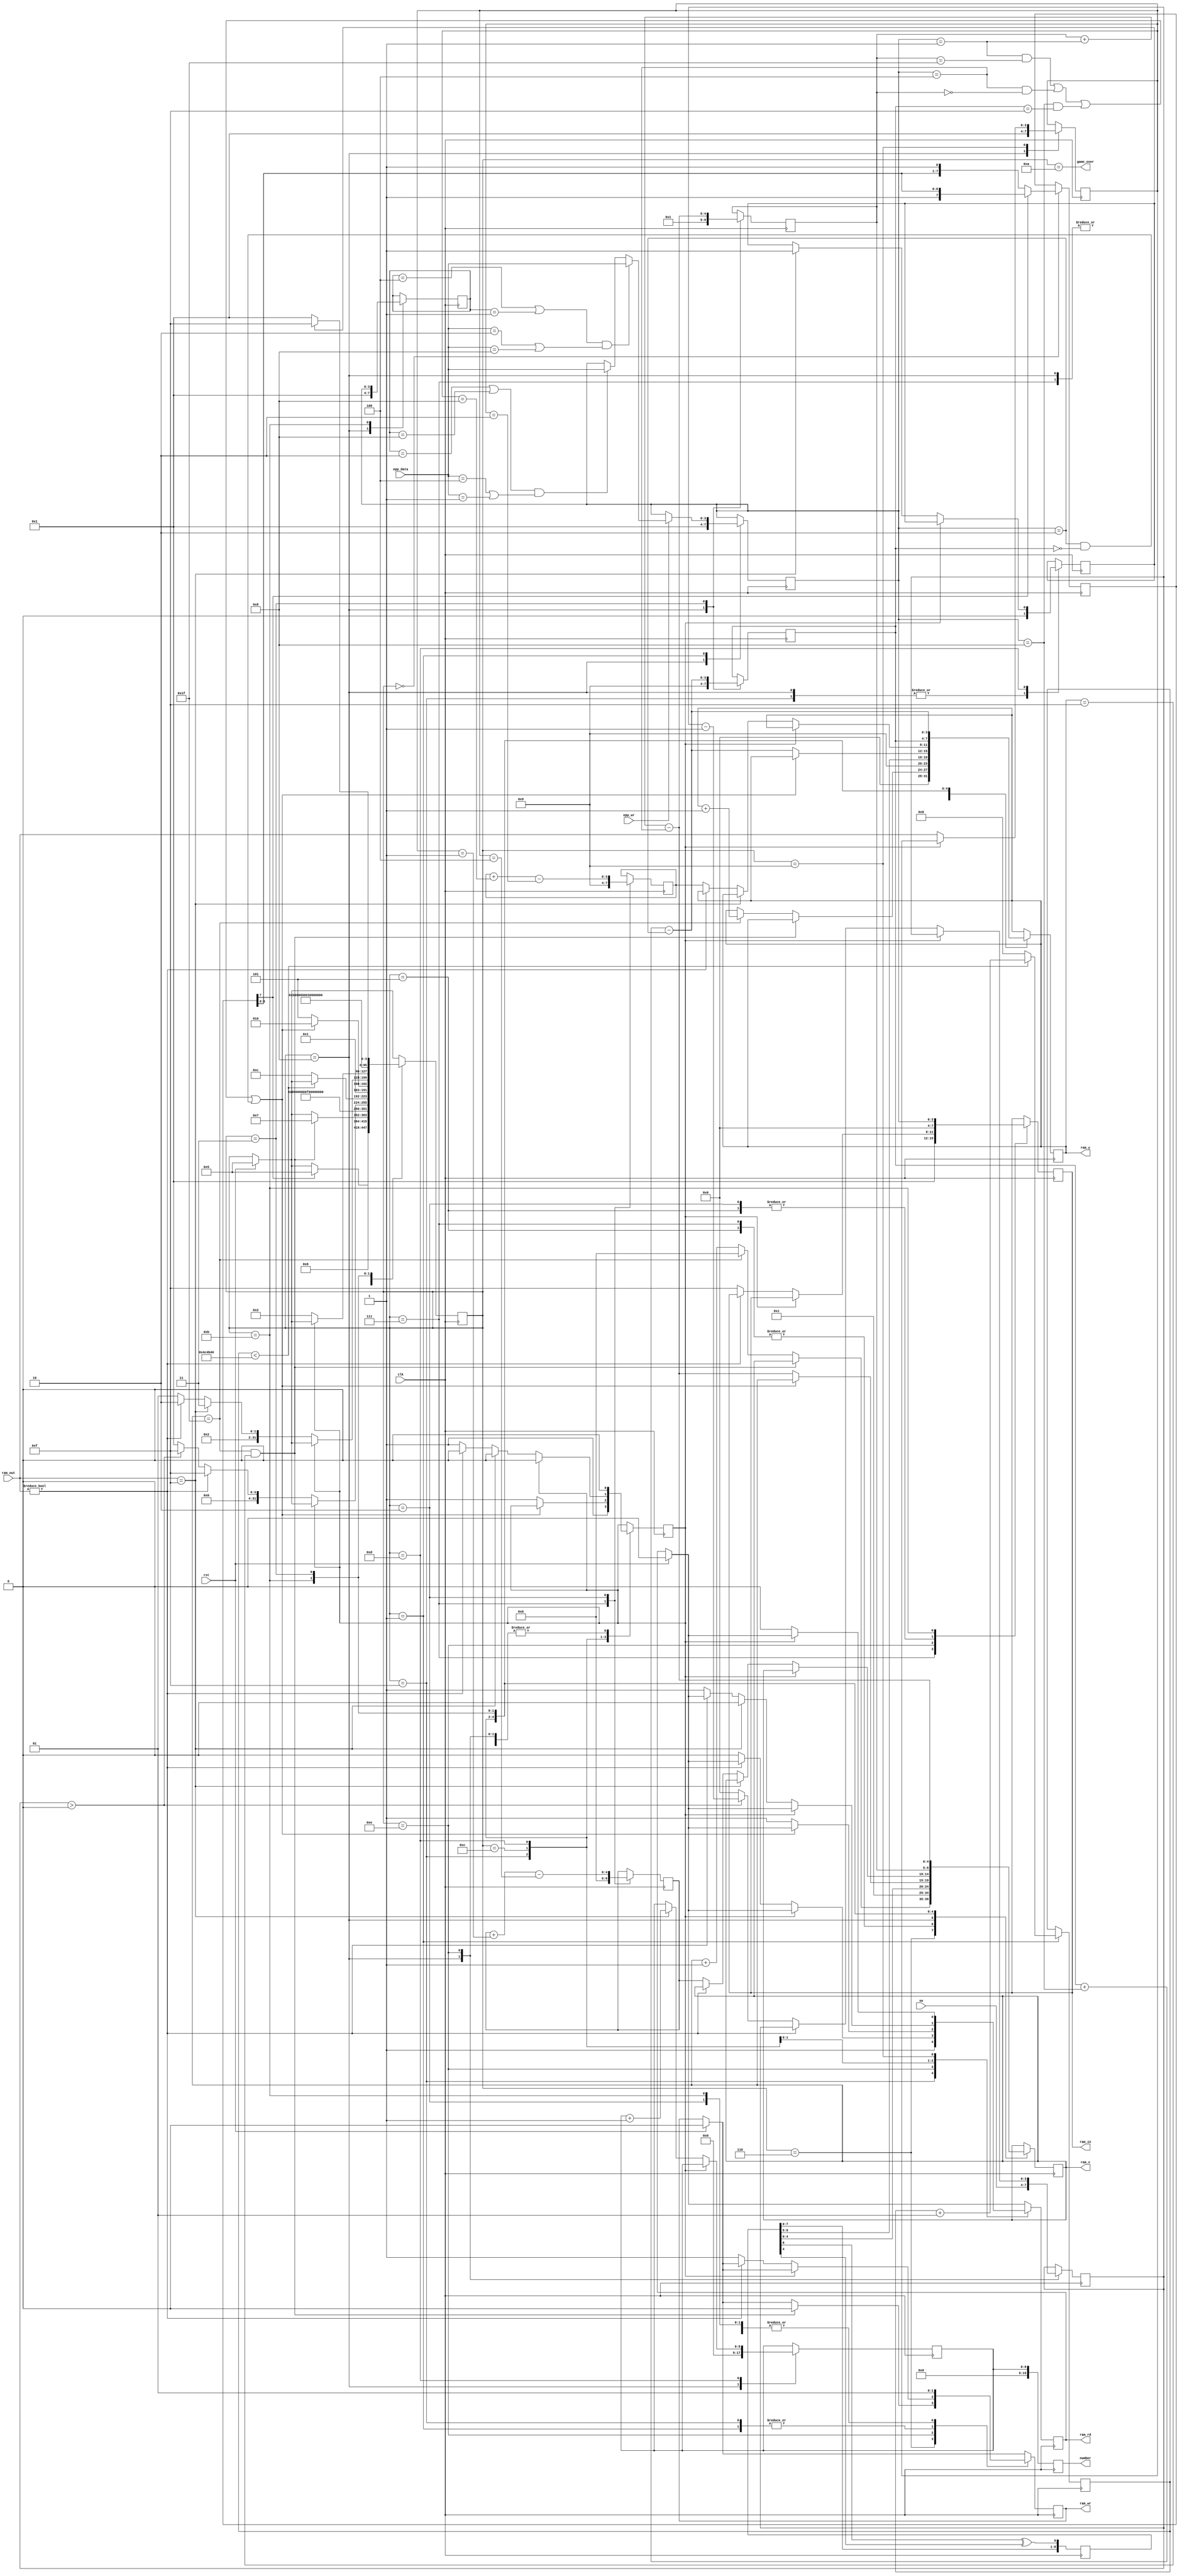
`default_nettype none

module game (
    output reg [4:0] ram_x,
    output reg [3:0] ram_y,
    input wire [3:0] ram_out,
    output reg [3:0] ram_in,
    output reg ram_rd,
    output reg ram_wr,
    input wire [3:0] epp_data,
    input wire epp_wr,
    output wire game_over,
    input wire [7:4] sw,
    output reg [15:0] number,
    input wire rst,
    input wire clk
);

parameter CYCLE_LENGTH = 5000000;

parameter BOOT = 0;
parameter RUNNING = 1;
parameter READ_BACK = 9;
parameter MOVE_BACK = 2;
parameter UPDATE_FRONT = 11;
parameter MOVE_FRONT = 3;
parameter STOPPED = 4;
parameter RESET_BEGIN = 5;
parameter RESET = 6;
parameter INIT_A = 7;
parameter INIT_B = 8;
parameter INSERT_APPLE = 14;
parameter INSERT_APPLE_CANDIDATE = 15;
parameter READ_NEXT = 12;
parameter CHECK_COLLISION = 13;
parameter GAME_OVER = 10;

parameter WIDTH = 32;
parameter HEIGHT = 16;

parameter RIGHT = 4'b0001;
parameter UP = 4'b0010;
parameter LEFT = 4'b0100;
parameter DOWN = 4'b1000;
parameter APPLE = 4'b1111;
parameter EMPTY = 4'b0000;

reg [3:0] direction = RIGHT;
reg [3:0] front_direction = RIGHT;
reg [3:0] back_direction = RIGHT;
reg [3:0] next_val;
reg [4:0] front_x;
reg [3:0] front_y;
reg [4:0] back_x;
reg [3:0] back_y;
reg [8:0] rnd = 1;
reg [7:0] init;

integer counter;
reg wc;
integer state = BOOT;
reg [8:0] score;
reg apple_eaten;
reg [3:0] apples_left;

assign game_over = state == GAME_OVER;

always @(posedge clk)
begin
    if (rst) begin
        ram_wr <= 0;
        ram_rd <= 0;
        state <= RESET_BEGIN;
    end

    rnd <= { rnd[7:0], rnd[8] ^ rnd[4] };

    number <= score;

    case (state)
    BOOT: 
        if (init[7]) state <= RESET_BEGIN;
        else init <= {init[6:0], 1'b1};
    RESET_BEGIN: begin
        ram_wr <= 1;
        ram_x <= 0;
        ram_y <= 0;
        ram_in <= EMPTY;
        state <= RESET;
    end
    RESET: begin
        if (ram_x == WIDTH - 1 && ram_y == HEIGHT - 1) begin
            state <= INIT_A;
            ram_wr <= 0;
        end
        else if (ram_x == WIDTH - 1) begin
            ram_y <= ram_y + 1;
            ram_x <= 0;
        end
        else
            ram_x <= ram_x + 1;
    end
    INIT_A: begin
        state <= INIT_B;
        ram_wr <= 1;
        ram_in <= RIGHT;
        ram_x <= 0;
        ram_y <= 9;
        back_x <= 0;
        back_y <= 9;
    end
    INIT_B: begin
        state <= INSERT_APPLE_CANDIDATE;
        ram_x <= 1;
        ram_y <= 9;
        front_x <= 1;
        front_y <= 9;
        direction <= RIGHT;
        front_direction <= RIGHT;
        back_direction <= RIGHT;
        apples_left <= sw[7:4];
        score <= 0;
        apple_eaten <= 0;
        wc <= 0;
    end
    INSERT_APPLE_CANDIDATE: begin
        ram_x <= rnd[4:0];
        ram_y <= rnd[8:5];
        ram_wr <= 0;
        ram_rd <= 1;
        wc <= 1;
        apple_eaten <= 0;
        state <= INSERT_APPLE;
    end
    INSERT_APPLE:
        if (wc) wc <= 0;
        else if (ram_out != 0)
            state <= INSERT_APPLE_CANDIDATE;
        else begin
            ram_rd <= 0;
            ram_in <= APPLE;
            ram_wr <= 1;
            apples_left <= apples_left > 0 ? apples_left - 1 : 0;
            state <= apples_left > 0 ? INSERT_APPLE_CANDIDATE : RUNNING;
        end
    RUNNING: begin
        ram_wr <= 0;
        if (epp_wr) begin
            if ((front_direction == LEFT || front_direction == RIGHT) && (epp_data == UP || epp_data == DOWN))
                direction <= epp_data;
            else if ((front_direction == UP || front_direction == DOWN) && (epp_data == LEFT || epp_data == RIGHT))
                direction <= epp_data;
        end
        if (counter < CYCLE_LENGTH)
            counter <= counter + 1;
        else begin
            state <= READ_NEXT;
            counter <= 0;
        end
    end
    READ_NEXT: begin
        if ((direction == RIGHT && front_x == WIDTH - 1) ||
            (direction == LEFT && front_x == 0) ||
            (direction == DOWN && front_y == HEIGHT - 1) ||
            (direction == UP && front_y == 0)) begin
            state <= GAME_OVER;
        end else begin 
            state <= CHECK_COLLISION;
            ram_x <= front_x + (direction == RIGHT) - (direction == LEFT);
            ram_y <= front_y + (direction == DOWN) - (direction == UP);
            ram_rd <= 1;
            wc <= 1;
        end
    end
    CHECK_COLLISION: begin
        if (wc) wc <= 0;
        else if (ram_out == APPLE) begin
            state <= UPDATE_FRONT;
            ram_rd <= 0;
            score <= score + 1;
            apple_eaten <= 1;
        end
        else if (ram_out != 0)
            state <= GAME_OVER; 
        else begin
            wc <= 1;
            ram_rd <= 1;
            state <= READ_BACK;
            ram_x <= back_x;
            ram_y <= back_y;
        end
    end
    READ_BACK: 
        if (wc) wc <= 0;
        else begin
            state <= MOVE_BACK;
            ram_rd <= 0;
            back_direction <= ram_out;
        end
    MOVE_BACK: begin
        state <= UPDATE_FRONT;
        ram_wr <= 1;
        ram_in <= EMPTY;
        back_x <= back_x + (back_direction == RIGHT) - (back_direction == LEFT);
        back_y <= back_y + (back_direction == DOWN) - (back_direction == UP);
    end
    UPDATE_FRONT: begin
        ram_wr <= 1;
        state <= MOVE_FRONT;
        ram_in <= direction;
        front_direction <= direction;
        ram_x <= front_x;
        ram_y <= front_y;
    end
    MOVE_FRONT: begin
        state <= apple_eaten ? INSERT_APPLE_CANDIDATE : RUNNING;
        front_x <= front_x + (direction == RIGHT) - (direction == LEFT);
        ram_x <= front_x + (direction == RIGHT) - (direction == LEFT);
        front_y <= front_y + (direction == DOWN) - (direction == UP);
        ram_y <= front_y + (direction == DOWN) - (direction == UP);
    end
    endcase
end


endmodule